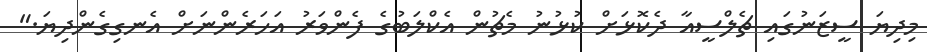
މިދިޔަ ސީޒަނުގައި ޗެލްސީއާ ދެކޮޅަށް ކުޅުނު މެޗުން އެކްލަބުގެ ފެންވަރު އަހަރެންނަށް އެނގިގެންދިޔަ."